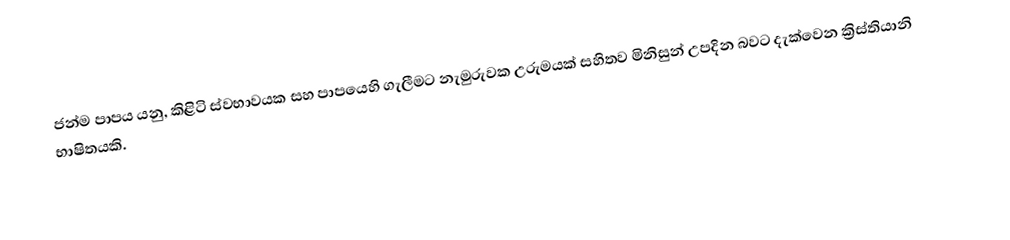
ජන්ම පාපය යනු, කිළිටි ස්වභාවයක සහ පාපයෙහි ගැලීමට නැමුරුවක උරුමයක් සහිතව මිනිසුන් උපදින බවට දැක්වෙන ක්‍රිස්තියානි භාෂිතයකි.